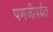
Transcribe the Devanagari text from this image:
पणजीपर्यंत